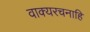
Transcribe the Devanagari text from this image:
वाक्यरचनाहि